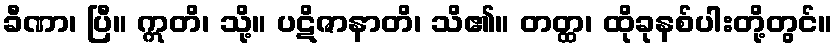
ခီဏာ၊ ပြီ။ ဣတိ၊ သို့။ ပဋိဇာနာတိ၊ သိ၏။ တတ္ထ၊ ထိုခုနစ်ပါးတို့တွင်။